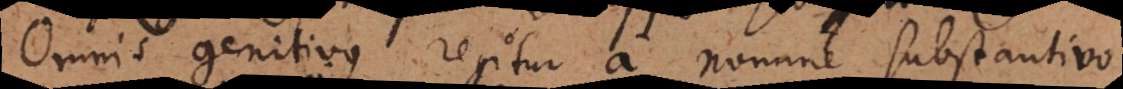
Omnis genitivus regitur a nomine substantivo